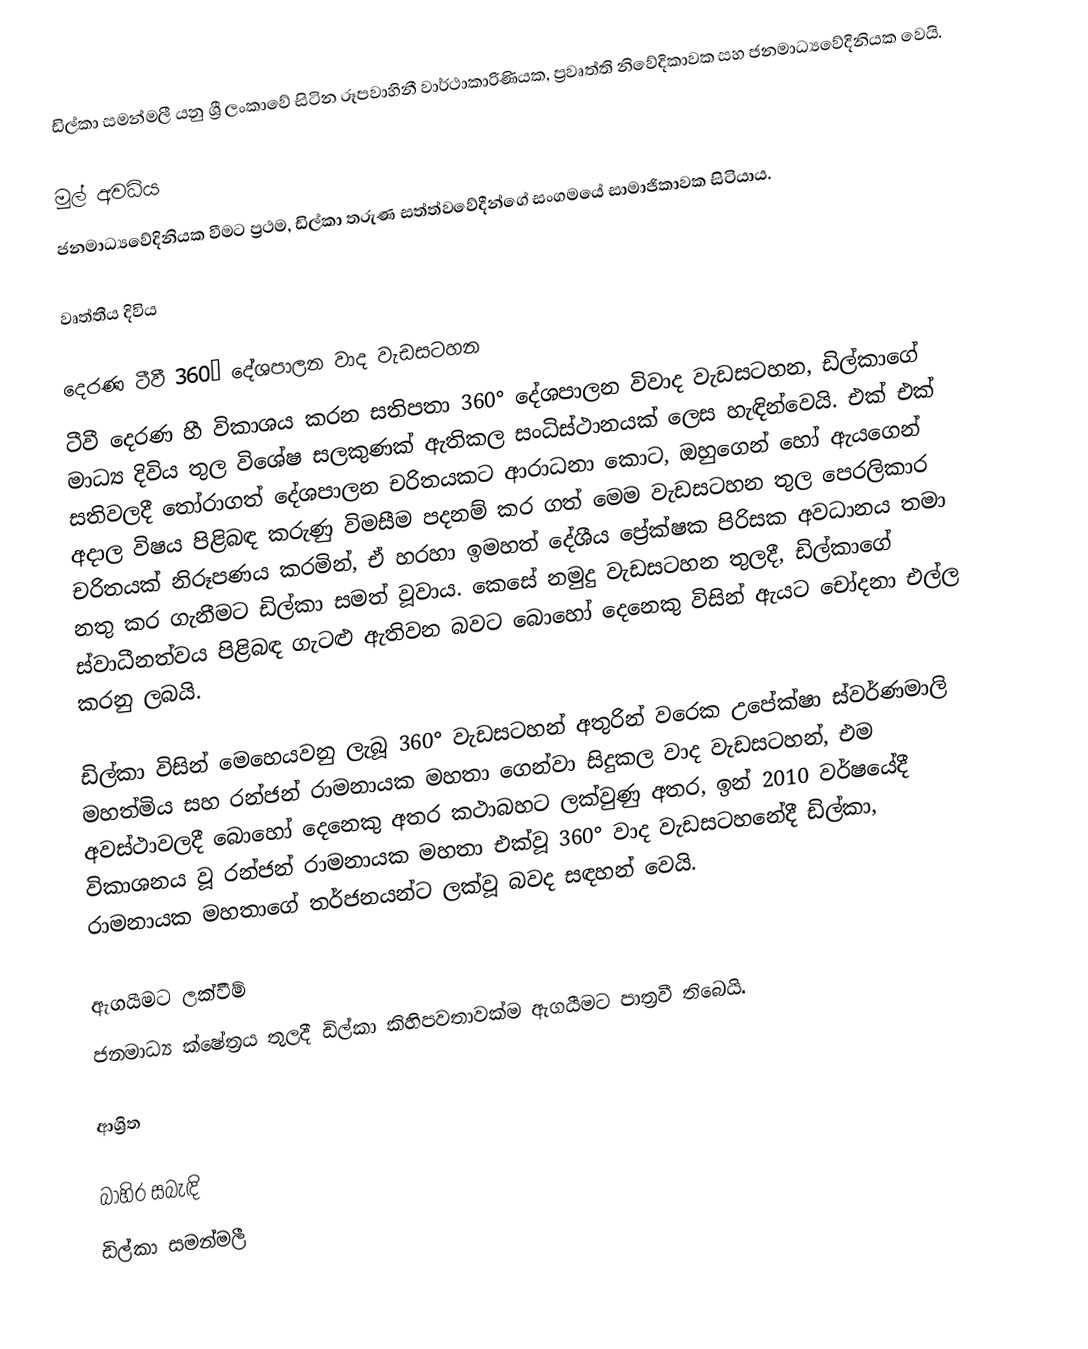
ඩිල්කා සමන්මලී යනු ශ්‍රී ලංකාවේ සිටින රූපවාහිනී වාර්ථාකාරිණියක, ප්‍රවෘත්ති නිවේදිකාවක සහ ජනමාධ්‍යවේදිනියක වෙයි.

මුල් අවධිය
ජනමාධ්‍යවේදිනියක වීමට ප්‍රථම, ඩිල්කා තරුණ සත්ත්වවේදීන්ගේ සංගමයේ සාමාජිකාවක සිටියාය.

වෘත්තීය දිවිය

දෙරණ ටීවී 360° දේශපාලන වාද වැඩසටහන
ටීවී දෙරණ හී විකාශය කරන සතිපතා 360° දේශපාලන විවාද වැඩසටහන, ඩිල්කාගේ මාධ්‍ය දිවිය තුල විශේෂ සලකුණක් ඇතිකල සංධිස්ථානයක් ලෙස හැඳින්වෙයි. එක් එක් සතිවලදී තෝරාගත් දේශපාලන චරිතයකට ආරාධනා කොට, ඔහුගෙන් හෝ ඇයගෙන් අදාල විෂය පිළිබඳ කරුණු විමසීම පදනම් කර ගත් මෙම වැඩසටහන තුල පෙරලිකාර චරිතයක් නිරූපණය කරමින්, ඒ හරහා ඉමහත් දේශීය ප්‍රේක්ෂක පිරිසක අවධානය තමා නතු කර ගැනීමට ඩිල්කා සමත් වූවාය. කෙසේ නමුදු වැඩසටහන තුලදී, ඩිල්කාගේ ස්වාධීනත්වය පිළිබඳ ගැටළු ඇතිවන බවට බොහෝ දෙනෙකු විසින් ඇයට චෝදනා එල්ල කරනු ලබයි.

ඩිල්කා විසින් මෙහෙයවනු ලැබූ 360° වැඩසටහන් අතුරින් වරෙක උපේක්ෂා ස්වර්ණමාලි මහත්මිය සහ රන්ජන් රාමනායක මහතා ගෙන්වා සිදුකල වාද වැඩසටහන්, එම අවස්ථාවලදී බොහෝ දෙනෙකු අතර කථාබහට ලක්වුණු අතර, ඉන් 2010 වර්ෂයේදී විකාශනය වූ රන්ජන් රාමනායක මහතා එක්වූ 360° වාද වැඩසටහනේදී ඩිල්කා, රාමනායක මහතාගේ තර්ජනයන්ට ලක්වූ බවද සඳහන් වෙයි.

ඇගයීමට ලක්වීම්
ජනමාධ්‍ය ක්ෂේත්‍රය තුලදී ඩිල්කා කිහිපවතාවක්ම ඇගයීමට පාත්‍රවී තිබෙයි.

ආශ්‍රිත

බාහිර සබැඳි
ඩිල්කා සමන්මලී